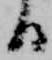
る